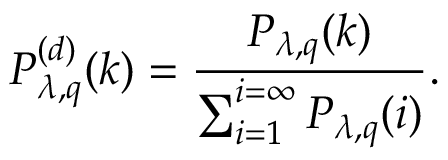
P _ { \lambda , q } ^ { ( d ) } ( k ) = \frac { P _ { \lambda , q } ( k ) } { \sum _ { i = 1 } ^ { i = \infty } P _ { \lambda , q } ( i ) } .